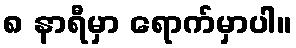
၈ နာရီမှာ ရောက်မှာပါ။